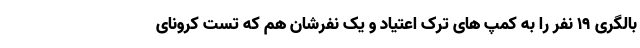
بالگری ۱۹ نفر را به کمپ های ترک اعتیاد و یک نفرشان هم که تست کرونای